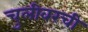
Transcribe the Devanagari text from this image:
चुलीवरची